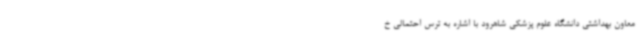
معاون بهداشتی دانشگاه علوم پزشکی شاهرود با اشاره به ترس احتمالی خ